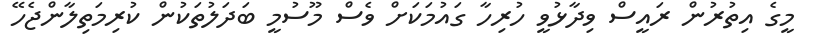
މީގެ އިތުރުން ރައީސް ވިދާޅުވީ ހުރިހާ ގައުމަކަށް ވެސް މޫސުމީ ބަދަލުތަކުން ކުރިމަތިލާންޖެހޭ